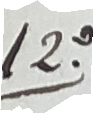
12